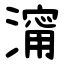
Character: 澝